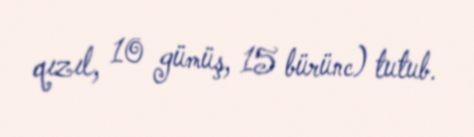
qızıl, 10 gümüş, 15 bürünc) tutub.